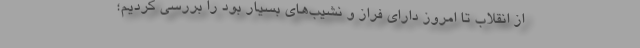
از انقلاب تا امروز دارای فراز و نشیب‌های بسیار بود را بررسی کردیم؛